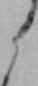
ら